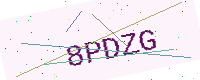
Text: 8PDZG